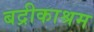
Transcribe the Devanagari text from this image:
बद्रीकाश्रम